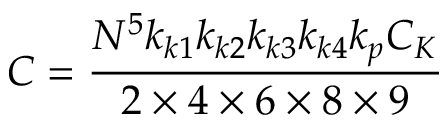
C = \frac { N ^ { 5 } k _ { k 1 } k _ { k 2 } k _ { k 3 } k _ { k 4 } k _ { p } C _ { K } } { 2 \times 4 \times 6 \times 8 \times 9 }